Annual vaccination report of Bihar and Orissa - 1911-1928
Year: 1911
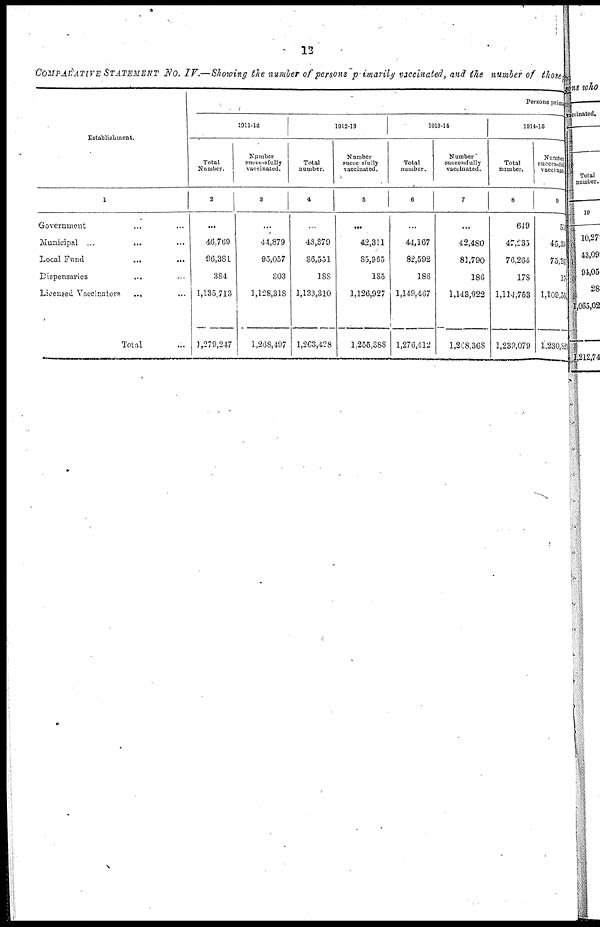
12
COMPARATIVE STATEMENT No. IV.—Showing the number of persons primarily vaccinated, and the number of those
Establishment.
1
Government ... ...
Municipal ...
... ...
Local Fund ... ...
Dispensaries ... ...
Licensed Vaccinators... ...
Total ...
Persons prima
1911-12
Total
Number.
2
...
46,769
96,381
384
1,135,713
1,279,247
Number
successfully
vaccinated.
3
...
44,879
95,057
303
1,128,318
1,268,497
1912-13
Total
number.
4
...
43,379
86,551
188
1,133,310
1,263,428
Number
successfully
vaccinated.
5
...
42,311
85,965
185
1,126,927
1,255,388
1913-14
Total
number.
6
...
44,167
82,592
186
1,149,467
1,276,412
Number
successfully
vaccinated.
7
...
42,480
81,790
186
1,143,922
1,268,368
1914-15
Total
number.
8
649
47,235
76,264
178
1,114,753
1,239,079
Number
successful
vaccinate
9
51
45,34
75,26
17
1,109,55
1,230,82